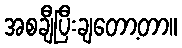
အစချီပြီးချတော့တာ။